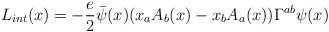
\begin{align*}L_{int}(x)= -\frac{e}{2}\bar{\psi}(x)(x_aA_b(x)-x_bA_a(x))\Gamma^{ab}\psi(x)\end{align*}